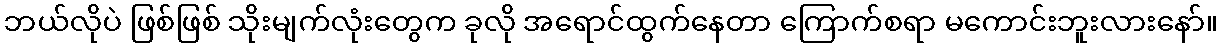
ဘယ်လိုပဲ ဖြစ်ဖြစ် သိုးမျက်လုံးတွေက ခုလို အရောင်ထွက်နေတာ ကြောက်စရာ မကောင်းဘူးလားနော်။